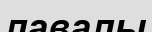
лавалы